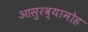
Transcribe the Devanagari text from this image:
आसुरव्यामोह